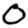
Digit: 0